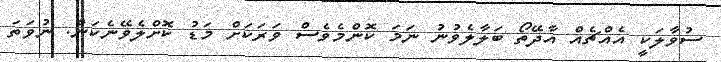
ސުވާލަކީ އެއްޗެއް އާދޭތޯ ބަލާލެވުނު ނަމަ ކޮންމެވެސް ވަރަކަށް މަޑު ކޮށްލެވޭނެކަން. ނުވަތަ